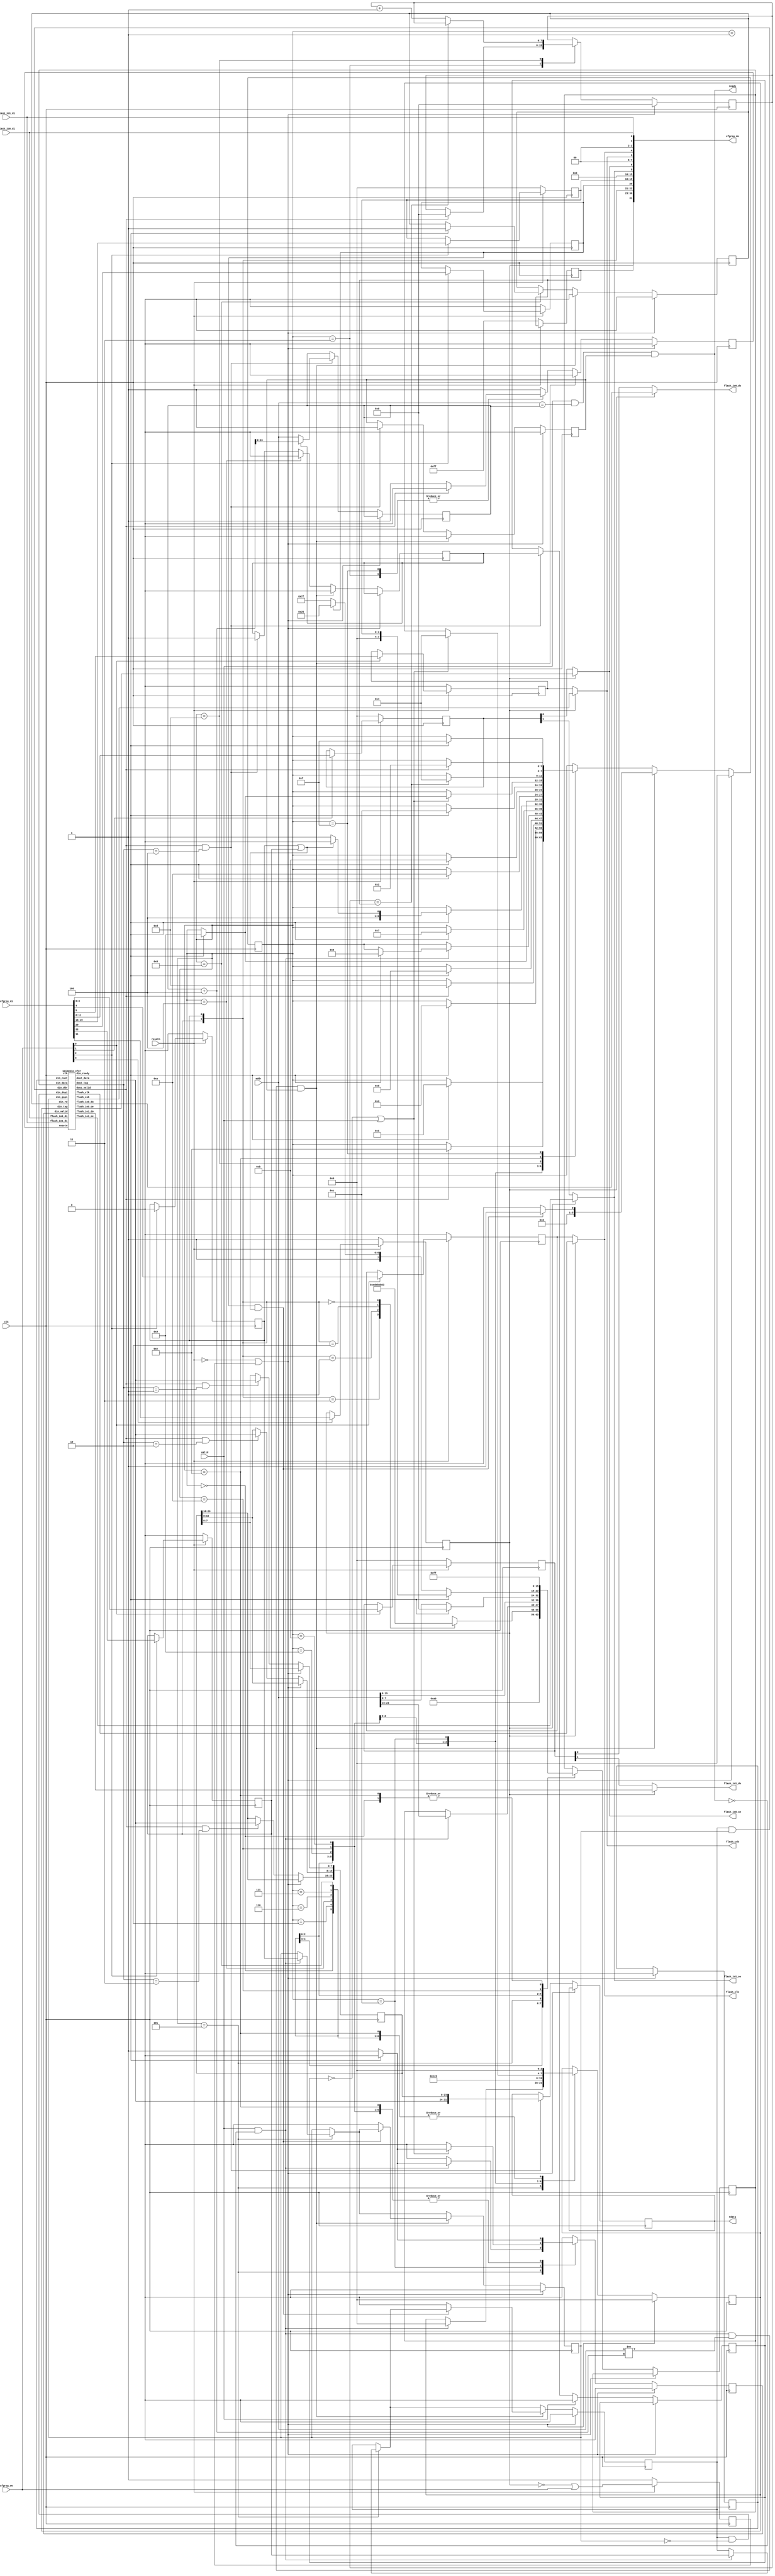
/*
 *  PicoSoC - A simple example SoC using PicoRV32
 *
 *  Copyright (C) 2017  Clifford Wolf <clifford@clifford.at>
 *
 *  Permission to use, copy, modify, and/or distribute this software for any
 *  purpose with or without fee is hereby granted, provided that the above
 *  copyright notice and this permission notice appear in all copies.
 *
 *  THE SOFTWARE IS PROVIDED "AS IS" AND THE AUTHOR DISCLAIMS ALL WARRANTIES
 *  WITH REGARD TO THIS SOFTWARE INCLUDING ALL IMPLIED WARRANTIES OF
 *  MERCHANTABILITY AND FITNESS. IN NO EVENT SHALL THE AUTHOR BE LIABLE FOR
 *  ANY SPECIAL, DIRECT, INDIRECT, OR CONSEQUENTIAL DAMAGES OR ANY DAMAGES
 *  WHATSOEVER RESULTING FROM LOSS OF USE, DATA OR PROFITS, WHETHER IN AN
 *  ACTION OF CONTRACT, NEGLIGENCE OR OTHER TORTIOUS ACTION, ARISING OUT OF
 *  OR IN CONNECTION WITH THE USE OR PERFORMANCE OF THIS SOFTWARE.
 *
 */

module spimemio_puya (
	input clk, resetn,

	input valid,
	output ready,
	input [23:0] addr,
	output reg [31:0] rdata,

	output flash_csb,
	output flash_clk,

	output flash_io0_oe,
	output flash_io1_oe,
	// output flash_io2_oe,
	// output flash_io3_oe,

	output flash_io0_do,
	output flash_io1_do,
	// output flash_io2_do,
	// output flash_io3_do,

	input  flash_io0_di,
	input  flash_io1_di,
	// input  flash_io2_di,
	// input  flash_io3_di,

	input   [3:0] cfgreg_we,
	input  [31:0] cfgreg_di,
	output [31:0] cfgreg_do
);
	reg        xfer_resetn;
	reg        din_valid;
	wire       din_ready;
	reg  [7:0] din_data;
	reg  [3:0] din_tag;
	reg        din_cont;
	reg        din_qspi;
	reg        din_ddr;
	reg        din_rd;

	wire       dout_valid;
	wire [7:0] dout_data;
	wire [3:0] dout_tag;

	reg [23:0] buffer;

	reg [23:0] rd_addr;
	reg rd_valid;
	reg rd_wait;
	reg rd_inc;

	assign ready = valid && (addr == rd_addr) && rd_valid;
	wire jump = valid && !ready && (addr != rd_addr+4) && rd_valid;

	reg softreset;

	reg       config_en;      // cfgreg[31]
	reg [7:0] config_pudly;   // cfgreg[30:23]
	reg       config_ddr;     // cfgreg[22]
	reg       config_qspi;    // cfgreg[21]
	reg       config_cont;    // cfgreg[20]
	reg [3:0] config_dummy;   // cfgreg[19:16]
	reg [3:0] config_oe;      // cfgreg[11:8]
	reg       config_csb;     // cfgreg[5]
	reg       config_clk;     // cfgref[4]
	reg [3:0] config_do;      // cfgreg[3:0]

	assign cfgreg_do[31] = config_en;
	assign cfgreg_do[30:23] = config_pudly;
	assign cfgreg_do[22] = config_ddr;
	assign cfgreg_do[21] = config_qspi;
	assign cfgreg_do[20] = config_cont;
	assign cfgreg_do[19:16] = config_dummy;
	assign cfgreg_do[15:12] = 0;
	// assign cfgreg_do[11:8] = {flash_io3_oe, flash_io2_oe, flash_io1_oe, flash_io0_oe};
	assign cfgreg_do[11:8] = {1'b0, 1'b0, flash_io1_oe, flash_io0_oe};
	assign cfgreg_do[7:6] = 0;
	assign cfgreg_do[5] = flash_csb;
	assign cfgreg_do[4] = flash_clk;
	// assign cfgreg_do[3:0] = {flash_io3_di, flash_io2_di, flash_io1_di, flash_io0_di};
	assign cfgreg_do[3:0] = {1'b0, 1'b0, flash_io1_di, flash_io0_di};

	always @(posedge clk) begin
		softreset <= !config_en || cfgreg_we;
		if (!resetn) begin
			softreset <= 1;
			config_en <= 1;
			config_pudly <= 8'hFF;
			config_csb <= 0;
			config_clk <= 0;
			config_oe <= 0;
			config_do <= 0;
			config_ddr <= 0;
			config_qspi <= 0;
			config_cont <= 0;
			config_dummy <= 0;
		end else begin
			if (cfgreg_we[0]) begin
				config_csb <= cfgreg_di[5];
				config_clk <= cfgreg_di[4];
				config_do <= cfgreg_di[3:0];
			end
			if (cfgreg_we[1]) begin
				config_oe <= cfgreg_di[11:8];
			end
			if (cfgreg_we[2]) begin
				//config_pudly[0] <= cfgreg_di[23];
				config_ddr <= cfgreg_di[22];
				// config_qspi <= cfgreg_di[21];
				config_qspi <= 1'b0;
				config_cont <= cfgreg_di[20];
				config_dummy <= cfgreg_di[19:16];
			end
			if (cfgreg_we[3]) begin
				config_en <= cfgreg_di[31];
				//config_pudly[7:1] <= cfgreg_di[30:24];
			end
		end
	end

	wire xfer_csb;
	wire xfer_clk;

	wire xfer_io0_oe;
	wire xfer_io1_oe;
	// wire xfer_io2_oe;
	// wire xfer_io3_oe;

	wire xfer_io0_do;
	wire xfer_io1_do;
	// wire xfer_io2_do;
	// wire xfer_io3_do;

	/*
	reg xfer_io0_90;
	reg xfer_io1_90;
	reg xfer_io2_90;
	reg xfer_io3_90;

	always @(negedge clk) begin
		xfer_io0_90 <= xfer_io0_do;
		xfer_io1_90 <= xfer_io1_do;
		xfer_io2_90 <= xfer_io2_do;
		xfer_io3_90 <= xfer_io3_do;
	end
	*/

	assign flash_csb = config_en ? xfer_csb : config_csb;
	assign flash_clk = config_en ? xfer_clk : config_clk;

	assign flash_io0_oe = config_en ? xfer_io0_oe : config_oe[0];
	assign flash_io1_oe = config_en ? xfer_io1_oe : config_oe[1];
	// assign flash_io2_oe = config_en ? xfer_io2_oe : config_oe[2];
	// assign flash_io3_oe = config_en ? xfer_io3_oe : config_oe[3];

	// assign flash_io0_do = config_en ? (config_ddr ? xfer_io0_90 : xfer_io0_do) : config_do[0];
	assign flash_io0_do = config_en ? xfer_io0_do : config_do[0];
	// assign flash_io1_do = config_en ? (config_ddr ? xfer_io1_90 : xfer_io1_do) : config_do[1];
	assign flash_io1_do = config_en ? xfer_io1_do : config_do[1];
	// assign flash_io2_do = config_en ? (config_ddr ? xfer_io2_90 : xfer_io2_do) : config_do[2];
	// assign flash_io3_do = config_en ? (config_ddr ? xfer_io3_90 : xfer_io3_do) : config_do[3];

	wire xfer_dspi = din_ddr && !din_qspi;
	wire xfer_ddr = din_ddr && din_qspi;

	spimemio_xfer xfer (
		.clk          (clk         ),
		.resetn       (xfer_resetn ),
		.din_valid    (din_valid   ),
		.din_ready    (din_ready   ),
		.din_data     (din_data    ),
		.din_tag      (din_tag     ),
		.din_cont     (din_cont    ),
		.din_dspi     (xfer_dspi   ),
		.din_qspi     (din_qspi    ),
		.din_ddr      (xfer_ddr    ),
		.din_rd       (din_rd      ),
		.dout_valid   (dout_valid  ),
		.dout_data    (dout_data   ),
		.dout_tag     (dout_tag    ),
		.flash_csb    (xfer_csb    ),
		.flash_clk    (xfer_clk    ),
		.flash_io0_oe (xfer_io0_oe ),
		.flash_io1_oe (xfer_io1_oe ),
		// .flash_io2_oe (xfer_io2_oe ),
		// .flash_io3_oe (xfer_io3_oe ),
		.flash_io0_do (xfer_io0_do ),
		.flash_io1_do (xfer_io1_do ),
		// .flash_io2_do (xfer_io2_do ),
		// .flash_io3_do (xfer_io3_do ),
		.flash_io0_di (flash_io0_di),
		// .flash_io1_di (flash_io1_di),
		.flash_io1_di (flash_io1_di)
		// .flash_io2_di (flash_io2_di),
		// .flash_io3_di (flash_io3_di)
	);

	reg [3:0] state;
	reg [7:0] pudly_cnt;

	always @(posedge clk) begin
		xfer_resetn <= 1;
		din_valid <= 0;

		if (!resetn || softreset) begin
			state <= 0;
			pudly_cnt <= 8'b0;
			xfer_resetn <= 0;
			rd_valid <= 0;
			din_tag <= 0;
			din_cont <= 0;
			din_qspi <= 0;
			din_ddr <= 0;
			din_rd <= 0;
		end else begin
			if (dout_valid && dout_tag == 1) buffer[ 7: 0] <= dout_data;
			if (dout_valid && dout_tag == 2) buffer[15: 8] <= dout_data;
			if (dout_valid && dout_tag == 3) buffer[23:16] <= dout_data;
			if (dout_valid && dout_tag == 4) begin
				rdata <= {dout_data, buffer};
				rd_addr <= rd_inc ? rd_addr + 4 : addr;
				rd_valid <= 1;
				rd_wait <= rd_inc;
				rd_inc <= 1;
			end

			if (valid)
				rd_wait <= 0;

			case (state)
				0: begin
					din_valid <= 1;
					din_data <= 8'h ff;
					din_tag <= 0;
					if (din_ready) begin
						din_valid <= 0;
						state <= 1;
					end
				end
				1: begin
					if (dout_valid) begin
						state <= 14;
					end
				end
				2: begin
					din_valid <= 1;
					din_data <= 8'h ab;
					din_tag <= 0;
					if (din_ready) begin
						din_valid <= 0;
						state <= 3;
					end
				end
				3: begin
					if (dout_valid) begin
						xfer_resetn <= 0;
						pudly_cnt <= 8'b0;
						state <= 13;
					end
				end
				4: begin
					rd_inc <= 0;
					din_valid <= 1;
					din_tag <= 0;
					case ({config_ddr, config_qspi})
						2'b11: din_data <= 8'h ED;
						2'b01: din_data <= 8'h EB;
						2'b10: din_data <= 8'h BB;
						2'b00: din_data <= 8'h 03;
					endcase
					if (din_ready) begin
						din_valid <= 0;
						state <= 5;
					end
				end
				5: begin
					if (valid && !ready) begin
						din_valid <= 1;
						din_tag <= 0;
						din_data <= addr[23:16];
						din_qspi <= config_qspi;
						din_ddr <= config_ddr;
						if (din_ready) begin
							din_valid <= 0;
							state <= 6;
						end
					end
				end
				6: begin
					din_valid <= 1;
					din_tag <= 0;
					din_data <= addr[15:8];
					if (din_ready) begin
						din_valid <= 0;
						state <= 7;
					end
				end
				7: begin
					din_valid <= 1;
					din_tag <= 0;
					din_data <= addr[7:0];
					if (din_ready) begin
						din_valid <= 0;
						din_data <= 0;
						state <= config_qspi || config_ddr ? 8 : 9;
					end
				end
				8: begin
					din_valid <= 1;
					din_tag <= 0;
					din_data <= config_cont ? 8'h A5 : 8'h FF;
					if (din_ready) begin
						din_rd <= 1;
						din_data <= config_dummy;
						din_valid <= 0;
						state <= 9;
					end
				end
				9: begin
					din_valid <= 1;
					din_tag <= 1;
					if (din_ready) begin
						din_valid <= 0;
						state <= 10;
					end
				end
				10: begin
					din_valid <= 1;
					din_data <= 8'h 00;
					din_tag <= 2;
					if (din_ready) begin
						din_valid <= 0;
						state <= 11;
					end
				end
				11: begin
					din_valid <= 1;
					din_tag <= 3;
					if (din_ready) begin
						din_valid <= 0;
						state <= 12;
					end
				end
				12: begin
					if (!rd_wait || valid) begin
						din_valid <= 1;
						din_tag <= 4;
						if (din_ready) begin
							din_valid <= 0;
							state <= 9;
						end
					end
				end
				//RPD 0xAB timing fix
				13: begin
					if(pudly_cnt == config_pudly) begin 
						state <= 4;
					end else begin 
						pudly_cnt <= pudly_cnt + 1'b1;
					end
				end
				//MBR 0xFFFF fix for dual i/o crm
				14: begin
					din_valid <= 1;
					din_data <= 8'h ff;
					din_tag <= 0;
					if (din_ready) begin
						din_valid <= 0;
						state <= 15;
					end
				end
				
				15: begin
					if (dout_valid) begin
						xfer_resetn <= 0;
						state <= 2;
					end
				end
				
			endcase

			if (jump) begin
				rd_inc <= 0;
				rd_valid <= 0;
				xfer_resetn <= 0;
				if (config_cont && (config_qspi || config_ddr) ) begin
					state <= 5;
				end else begin
					state <= 4;
					din_qspi <= 0;
					din_ddr <= 0;
				end
				din_rd <= 0;
			end
		end
	end
endmodule

module spimemio_xfer (
	input clk, resetn,

	input            din_valid,
	output           din_ready,
	input      [7:0] din_data,
	input      [3:0] din_tag,
	input            din_cont,
	input            din_dspi,
	input            din_qspi,
	input            din_ddr,
	input            din_rd,

	output           dout_valid,
	output     [7:0] dout_data,
	output     [3:0] dout_tag,

	output reg flash_csb,
	output reg flash_clk,

	output reg flash_io0_oe,
	output reg flash_io1_oe,
	// output reg flash_io2_oe,
	// output reg flash_io3_oe,

	output reg flash_io0_do,
	output reg flash_io1_do,
	// output reg flash_io2_do,
	// output reg flash_io3_do,

	input      flash_io0_di,
	// input      flash_io1_di,
	input	   flash_io1_di
	// input      flash_io2_di,
	// input      flash_io3_di
);
	reg [7:0] obuffer;
	reg [7:0] ibuffer;

	reg [3:0] count;
	reg [3:0] dummy_count;

	reg xfer_cont;
	reg xfer_dspi;
	reg xfer_qspi;
	reg xfer_ddr;
	reg xfer_ddr_q;
	reg xfer_rd;
	reg [3:0] xfer_tag;
	reg [3:0] xfer_tag_q;

	reg [7:0] next_obuffer;
	reg [7:0] next_ibuffer;
	reg [3:0] next_count;

	reg fetch;
	reg next_fetch;
	reg last_fetch;

	always @(posedge clk) begin
		xfer_ddr_q <= xfer_ddr;
		xfer_tag_q <= xfer_tag;
	end

	assign din_ready = din_valid && resetn && next_fetch;

	assign dout_valid = (xfer_ddr_q ? fetch && !last_fetch : next_fetch && !fetch) && resetn;
	assign dout_data = ibuffer;
	assign dout_tag = xfer_tag_q;

	always @* begin
		flash_io0_oe = 0;
		flash_io1_oe = 0;
		// flash_io2_oe = 0;
		// flash_io3_oe = 0;

		flash_io0_do = 0;
		flash_io1_do = 0;
		// flash_io2_do = 0;
		// flash_io3_do = 0;

		next_obuffer = obuffer;
		next_ibuffer = ibuffer;
		next_count = count;
		next_fetch = 0;

		if (dummy_count == 0) begin
			casez ({xfer_ddr, xfer_qspi, xfer_dspi})
				// 3'b 000: begin
				3'b ??0: begin
					flash_io0_oe = 1;
					flash_io0_do = obuffer[7];

					if (flash_clk) begin
						next_obuffer = {obuffer[6:0], 1'b 0};
						next_count = count - |count;
					end else begin
						next_ibuffer = {ibuffer[6:0], flash_io1_di};
					end

					next_fetch = (next_count == 0);
				end
				/*
				3'b 01?: begin
					flash_io0_oe = !xfer_rd;
					flash_io1_oe = !xfer_rd;
					flash_io2_oe = !xfer_rd;
					flash_io3_oe = !xfer_rd;

					flash_io0_do = obuffer[4];
					flash_io1_do = obuffer[5];
					flash_io2_do = obuffer[6];
					flash_io3_do = obuffer[7];

					if (flash_clk) begin
						next_obuffer = {obuffer[3:0], 4'b 0000};
						next_count = count - {|count, 2'b00};
					end else begin
						next_ibuffer = {ibuffer[3:0], flash_io3_di, flash_io2_di, flash_io1_di, flash_io0_di};
					end

					next_fetch = (next_count == 0);
				end
				3'b 11?: begin
					flash_io0_oe = !xfer_rd;
					flash_io1_oe = !xfer_rd;
					flash_io2_oe = !xfer_rd;
					flash_io3_oe = !xfer_rd;

					flash_io0_do = obuffer[4];
					flash_io1_do = obuffer[5];
					flash_io2_do = obuffer[6];
					flash_io3_do = obuffer[7];

					next_obuffer = {obuffer[3:0], 4'b 0000};
					next_ibuffer = {ibuffer[3:0], flash_io3_di, flash_io2_di, flash_io1_di, flash_io0_di};
					next_count = count - {|count, 2'b00};

					next_fetch = (next_count == 0);
				end
				*/
				3'b ??1: begin
					flash_io0_oe = !xfer_rd;
					flash_io1_oe = !xfer_rd;

					flash_io0_do = obuffer[6];
					flash_io1_do = obuffer[7];

					if (flash_clk) begin
						next_obuffer = {obuffer[5:0], 2'b 00};
						next_count = count - {|count, 1'b0};
					end else begin
						next_ibuffer = {ibuffer[5:0], flash_io1_di, flash_io0_di};
					end

					next_fetch = (next_count == 0);
				end
			endcase
		end
	end

	always @(posedge clk) begin
		if (!resetn) begin
			fetch <= 1;
			last_fetch <= 1;
			flash_csb <= 1;
			flash_clk <= 0;
			count <= 0;
			dummy_count <= 0;
			xfer_tag <= 0;
			xfer_cont <= 0;
			xfer_dspi <= 0;
			xfer_qspi <= 0;
			xfer_ddr <= 0;
			xfer_rd <= 0;
		end else begin
			fetch <= next_fetch;
			last_fetch <= xfer_ddr ? fetch : 1;
			if (dummy_count) begin
				flash_clk <= !flash_clk && !flash_csb;
				dummy_count <= dummy_count - flash_clk;
			end else
			if (count) begin
				flash_clk <= !flash_clk && !flash_csb;
				obuffer <= next_obuffer;
				ibuffer <= next_ibuffer;
				count <= next_count;
				if (next_count == 0) begin
					xfer_rd <= 1'b1;
				end
			end
			if (din_valid && din_ready) begin
				flash_csb <= 0;
				flash_clk <= 0;

				count <= 8;
				dummy_count <= din_rd ? din_data : 0;
				obuffer <= din_data;

				xfer_tag <= din_tag;
				xfer_cont <= din_cont;
				xfer_dspi <= din_dspi;
				// xfer_qspi <= din_qspi;
				xfer_qspi <= 1'b0;
				// xfer_ddr <= din_ddr;
				xfer_ddr <= 1'b0;
				xfer_rd <= din_rd;
			end
		end
	end
endmodule